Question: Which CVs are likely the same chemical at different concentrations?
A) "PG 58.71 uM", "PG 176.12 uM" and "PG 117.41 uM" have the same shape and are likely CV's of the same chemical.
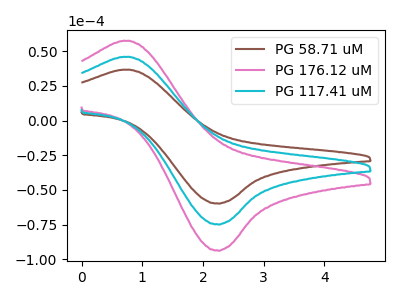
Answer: <think>The brown curve "PG 58.71 uM" has an anodic peak at (0.80V, 36.65uA) and a cathodic peak at (2.20V, -59.65uA). The pink curve "PG 176.12 uM" has an anodic peak at (0.80V, 91.80uA) and a cathodic peak at (2.20V, -149.40uA). The cyan curve "PG 117.41 uM" has an anodic peak at (0.80V, 45.90uA) and a cathodic peak at (2.20V, -74.70uA).
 All the peaks in "PG 58.71 uM" have a peak in "PG 176.12 uM" at the same potential. Every peak in "PG 58.71 uM" is lower than every peak in "PG 176.12 uM". All the peaks in "PG 58.71 uM" have a peak in "PG 117.41 uM" at the same potential. Every peak in "PG 58.71 uM" is lower than every peak in "PG 117.41 uM". All the peaks in "PG 176.12 uM" have a peak in "PG 117.41 uM" at the same potential. Every peak in "PG 176.12 uM" is higher than every peak in "PG 117.41 uM".</think>
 <answer>A) "PG 58.71 uM", "PG 176.12 uM" and "PG 117.41 uM" have the same shape and are likely CV's of the same chemical.</answer>
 <eval>A</eval>